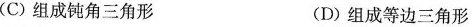
(C)组成钝角三角形 (D)组成等边三角形